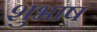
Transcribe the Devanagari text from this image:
शुभाष